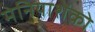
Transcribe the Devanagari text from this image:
मेनियाशेंको